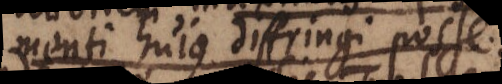
menti hujus diffringi posse.